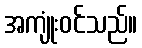
အကျုံးဝင်သည်။